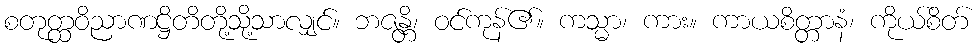
စတုတ္ထဝိညာဏဋ္ဌိတိတို့သို့သာလျှင်။ ဘဇန္တိ၊ ဝင်ကုန်၏။ ကသ္မာ၊ ကား။ ကာယစိတ္တာနံ၊ ကိုယ်စိတ်